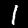
Label: 1